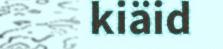
kiäid